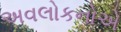
અવલોકનોએ